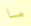
ما